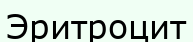
Эритроцит